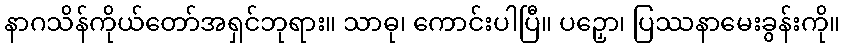
နာဂသိန်ကိုယ်တော်အရှင်ဘုရား။ သာဓု၊ ကောင်းပါပြီ။ ပဉှော၊ ပြဿနာမေးခွန်းကို။